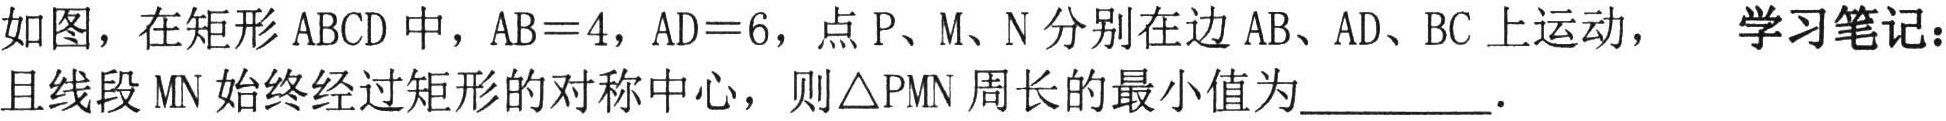
如图，在矩形 \(ABCD\) 中，\(AB = 4\)，\(AD = 6\)，点 \(P\)、\(M\)、\(N\) 分别在边 \(AB\)、\(AD\)、\(BC\) 上运动，且线段 \(MN\) 始终经过矩形的对称中心，则 \(\triangle PMN\) 周长的最小值为  ．  学习笔记：